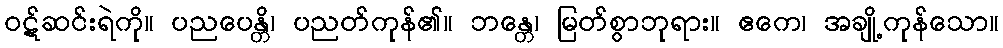
ဝဋ်ဆင်းရဲကို။ ပညပေန္တိ၊ ပညတ်ကုန်၏။ ဘန္တေ၊ မြတ်စွာဘုရား။ ဧကေ၊ အချို့ကုန်သော။